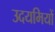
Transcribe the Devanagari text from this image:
उदयमियों